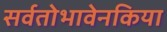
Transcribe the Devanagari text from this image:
सर्वतोभावेनकिया